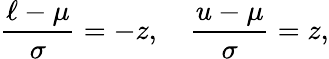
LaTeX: {\frac{\ell-\mu}{\sigma}}=-z,\quad{\frac{u-\mu}{\sigma}}=z,